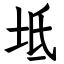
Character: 坻